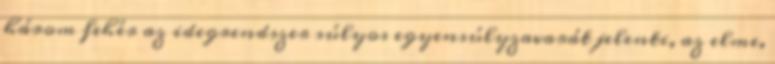
három fehér az idegrendszer súlyos egyensúlyzavarát jelenti, az elme,